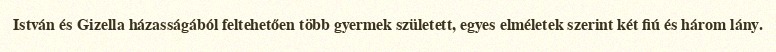
István és Gizella házasságából feltehetően több gyermek született, egyes elméletek szerint két fiú és három lány.